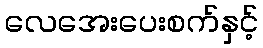
လေအေးပေးစက်နှင့်